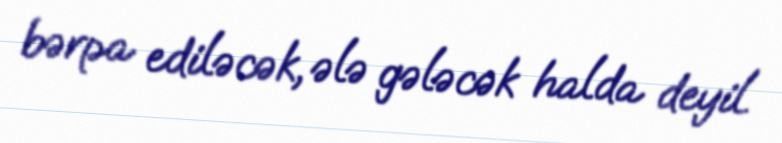
bərpa ediləcək, ələ gələcək halda deyil.